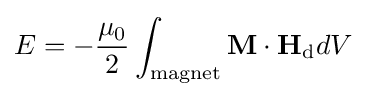
E=-{\frac {\mu _{0}}{2}}\int _{\text{magnet}}\mathbf {M} \cdot \mathbf {H} _{\text{d}}dV